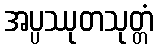
အပ္ပဿုတသုတ္တံ